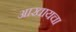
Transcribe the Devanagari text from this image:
आखायचा